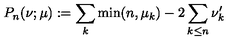
P _ { n } ( \nu ; \mu ) : = \sum _ { k } \min ( n , \mu _ { k } ) - 2 \sum _ { k \le n } \nu _ { k } ^ { \prime }